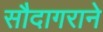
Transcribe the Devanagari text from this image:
सौदागराने